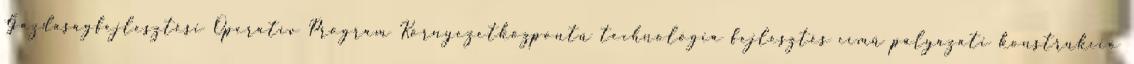
Gazdaságfejlesztési Operatív Program Környezetközpontú technológia fejlesztés című pályázati konstrukció